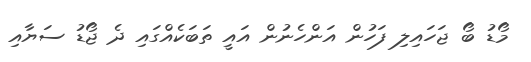
މޯޑު ބޯ ޖަހައިލި ފަހުން އަންހެނުން އައީ ތަބަކެއްގައި ދެ ޖޯޑު ސަޔާއި